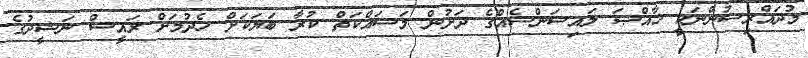
މުދައްރިސުންނަކީ ޚާއްޞަ ލައިސަންސެއްގެ ދަށުން މަސައްކަތް ކުރާ ބަޔަކަށް ހެދުމަށް ރައީސް ނަޝީދުގެ